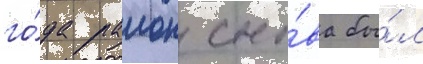
го́да раион сно́ва бы́л